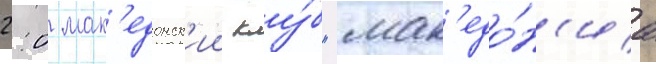
2:0 мак'едонск'ии клу́б "мак'едо́н'иа